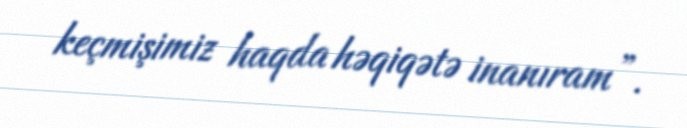
keçmişimiz haqda həqiqətə inanıram”.